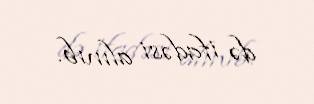
də ifadəsi alınıb.